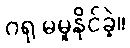
ဂရု မမူနိုင်ခဲ့။